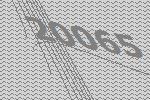
20065